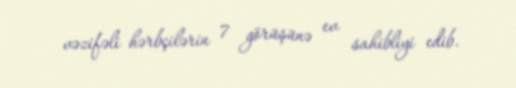
vəzifəli hərbçilərin 7 görüşünə ev sahibliyi edib.